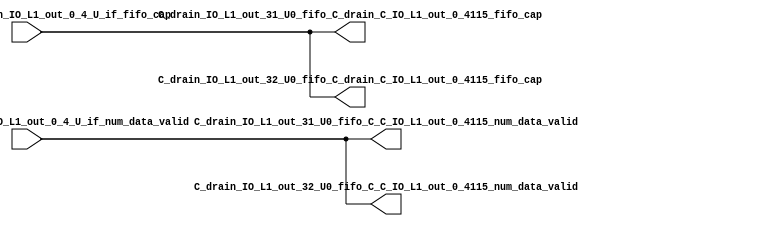
// ==================================================
// RTL generated by RapidStream
//
// Copyright 2024 RapidStream Design Automation, Inc.
// All Rights Reserved.
// ==================================================
`timescale 1 ns / 1 ps
module __rs_kernel3_aux_split_aux_62 #(
    parameter C_S_AXI_CONTROL_DATA_WIDTH  = 32,
    parameter C_S_AXI_CONTROL_ADDR_WIDTH  = 6,
    parameter C_S_AXI_DATA_WIDTH          = 32,
    parameter C_M_AXI_GMEM_A_ID_WIDTH     = 1,
    parameter C_M_AXI_GMEM_A_ADDR_WIDTH   = 64,
    parameter C_M_AXI_GMEM_A_DATA_WIDTH   = 512,
    parameter C_M_AXI_GMEM_A_AWUSER_WIDTH = 1,
    parameter C_M_AXI_GMEM_A_ARUSER_WIDTH = 1,
    parameter C_M_AXI_GMEM_A_WUSER_WIDTH  = 1,
    parameter C_M_AXI_GMEM_A_RUSER_WIDTH  = 1,
    parameter C_M_AXI_GMEM_A_BUSER_WIDTH  = 1,
    parameter C_M_AXI_GMEM_A_USER_VALUE   = 0,
    parameter C_M_AXI_GMEM_A_PROT_VALUE   = 0,
    parameter C_M_AXI_GMEM_A_CACHE_VALUE  = 3,
    parameter C_M_AXI_DATA_WIDTH          = 32,
    parameter C_M_AXI_GMEM_B_ID_WIDTH     = 1,
    parameter C_M_AXI_GMEM_B_ADDR_WIDTH   = 64,
    parameter C_M_AXI_GMEM_B_DATA_WIDTH   = 512,
    parameter C_M_AXI_GMEM_B_AWUSER_WIDTH = 1,
    parameter C_M_AXI_GMEM_B_ARUSER_WIDTH = 1,
    parameter C_M_AXI_GMEM_B_WUSER_WIDTH  = 1,
    parameter C_M_AXI_GMEM_B_RUSER_WIDTH  = 1,
    parameter C_M_AXI_GMEM_B_BUSER_WIDTH  = 1,
    parameter C_M_AXI_GMEM_B_USER_VALUE   = 0,
    parameter C_M_AXI_GMEM_B_PROT_VALUE   = 0,
    parameter C_M_AXI_GMEM_B_CACHE_VALUE  = 3,
    parameter C_M_AXI_GMEM_C_ID_WIDTH     = 1,
    parameter C_M_AXI_GMEM_C_ADDR_WIDTH   = 64,
    parameter C_M_AXI_GMEM_C_DATA_WIDTH   = 512,
    parameter C_M_AXI_GMEM_C_AWUSER_WIDTH = 1,
    parameter C_M_AXI_GMEM_C_ARUSER_WIDTH = 1,
    parameter C_M_AXI_GMEM_C_WUSER_WIDTH  = 1,
    parameter C_M_AXI_GMEM_C_RUSER_WIDTH  = 1,
    parameter C_M_AXI_GMEM_C_BUSER_WIDTH  = 1,
    parameter C_M_AXI_GMEM_C_USER_VALUE   = 0,
    parameter C_M_AXI_GMEM_C_PROT_VALUE   = 0,
    parameter C_M_AXI_GMEM_C_CACHE_VALUE  = 3,
    parameter C_S_AXI_CONTROL_WSTRB_WIDTH = 4,
    parameter C_S_AXI_WSTRB_WIDTH         = 4,
    parameter C_M_AXI_GMEM_A_WSTRB_WIDTH  = 64,
    parameter C_M_AXI_WSTRB_WIDTH         = 4,
    parameter C_M_AXI_GMEM_B_WSTRB_WIDTH  = 64,
    parameter C_M_AXI_GMEM_C_WSTRB_WIDTH  = 64
) (
    output wire [1:0] C_drain_IO_L1_out_31_U0_fifo_C_C_IO_L1_out_0_4115_num_data_valid,
    output wire [1:0] C_drain_IO_L1_out_31_U0_fifo_C_drain_C_IO_L1_out_0_4115_fifo_cap,
    output wire [1:0] C_drain_IO_L1_out_32_U0_fifo_C_C_IO_L1_out_0_4115_num_data_valid,
    output wire [1:0] C_drain_IO_L1_out_32_U0_fifo_C_drain_C_IO_L1_out_0_4115_fifo_cap,
    input wire  [1:0] fifo_C_drain_C_drain_IO_L1_out_0_4_U_if_fifo_cap,
    input wire  [1:0] fifo_C_drain_C_drain_IO_L1_out_0_4_U_if_num_data_valid
);
assign C_drain_IO_L1_out_31_U0_fifo_C_C_IO_L1_out_0_4115_num_data_valid = fifo_C_drain_C_drain_IO_L1_out_0_4_U_if_num_data_valid;
assign C_drain_IO_L1_out_31_U0_fifo_C_drain_C_IO_L1_out_0_4115_fifo_cap = fifo_C_drain_C_drain_IO_L1_out_0_4_U_if_fifo_cap;
assign C_drain_IO_L1_out_32_U0_fifo_C_C_IO_L1_out_0_4115_num_data_valid = fifo_C_drain_C_drain_IO_L1_out_0_4_U_if_num_data_valid;
assign C_drain_IO_L1_out_32_U0_fifo_C_drain_C_IO_L1_out_0_4115_fifo_cap = fifo_C_drain_C_drain_IO_L1_out_0_4_U_if_fifo_cap;
endmodule